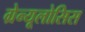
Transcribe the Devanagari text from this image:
ग्रेन्यूलोसिस